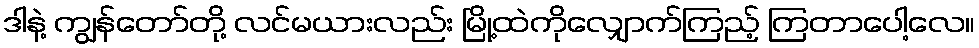
ဒါနဲ့ ကျွန်တော်တို့ လင်မယားလည်း မြို့ထဲကိုလျှောက်ကြည့် ကြတာပေါ့လေ။